DOW-UAP-D74, Mission Report, Syria, November 2023
Agency: Department of War
Incident date: 11/9/23
Incident location: Syria
Page 2
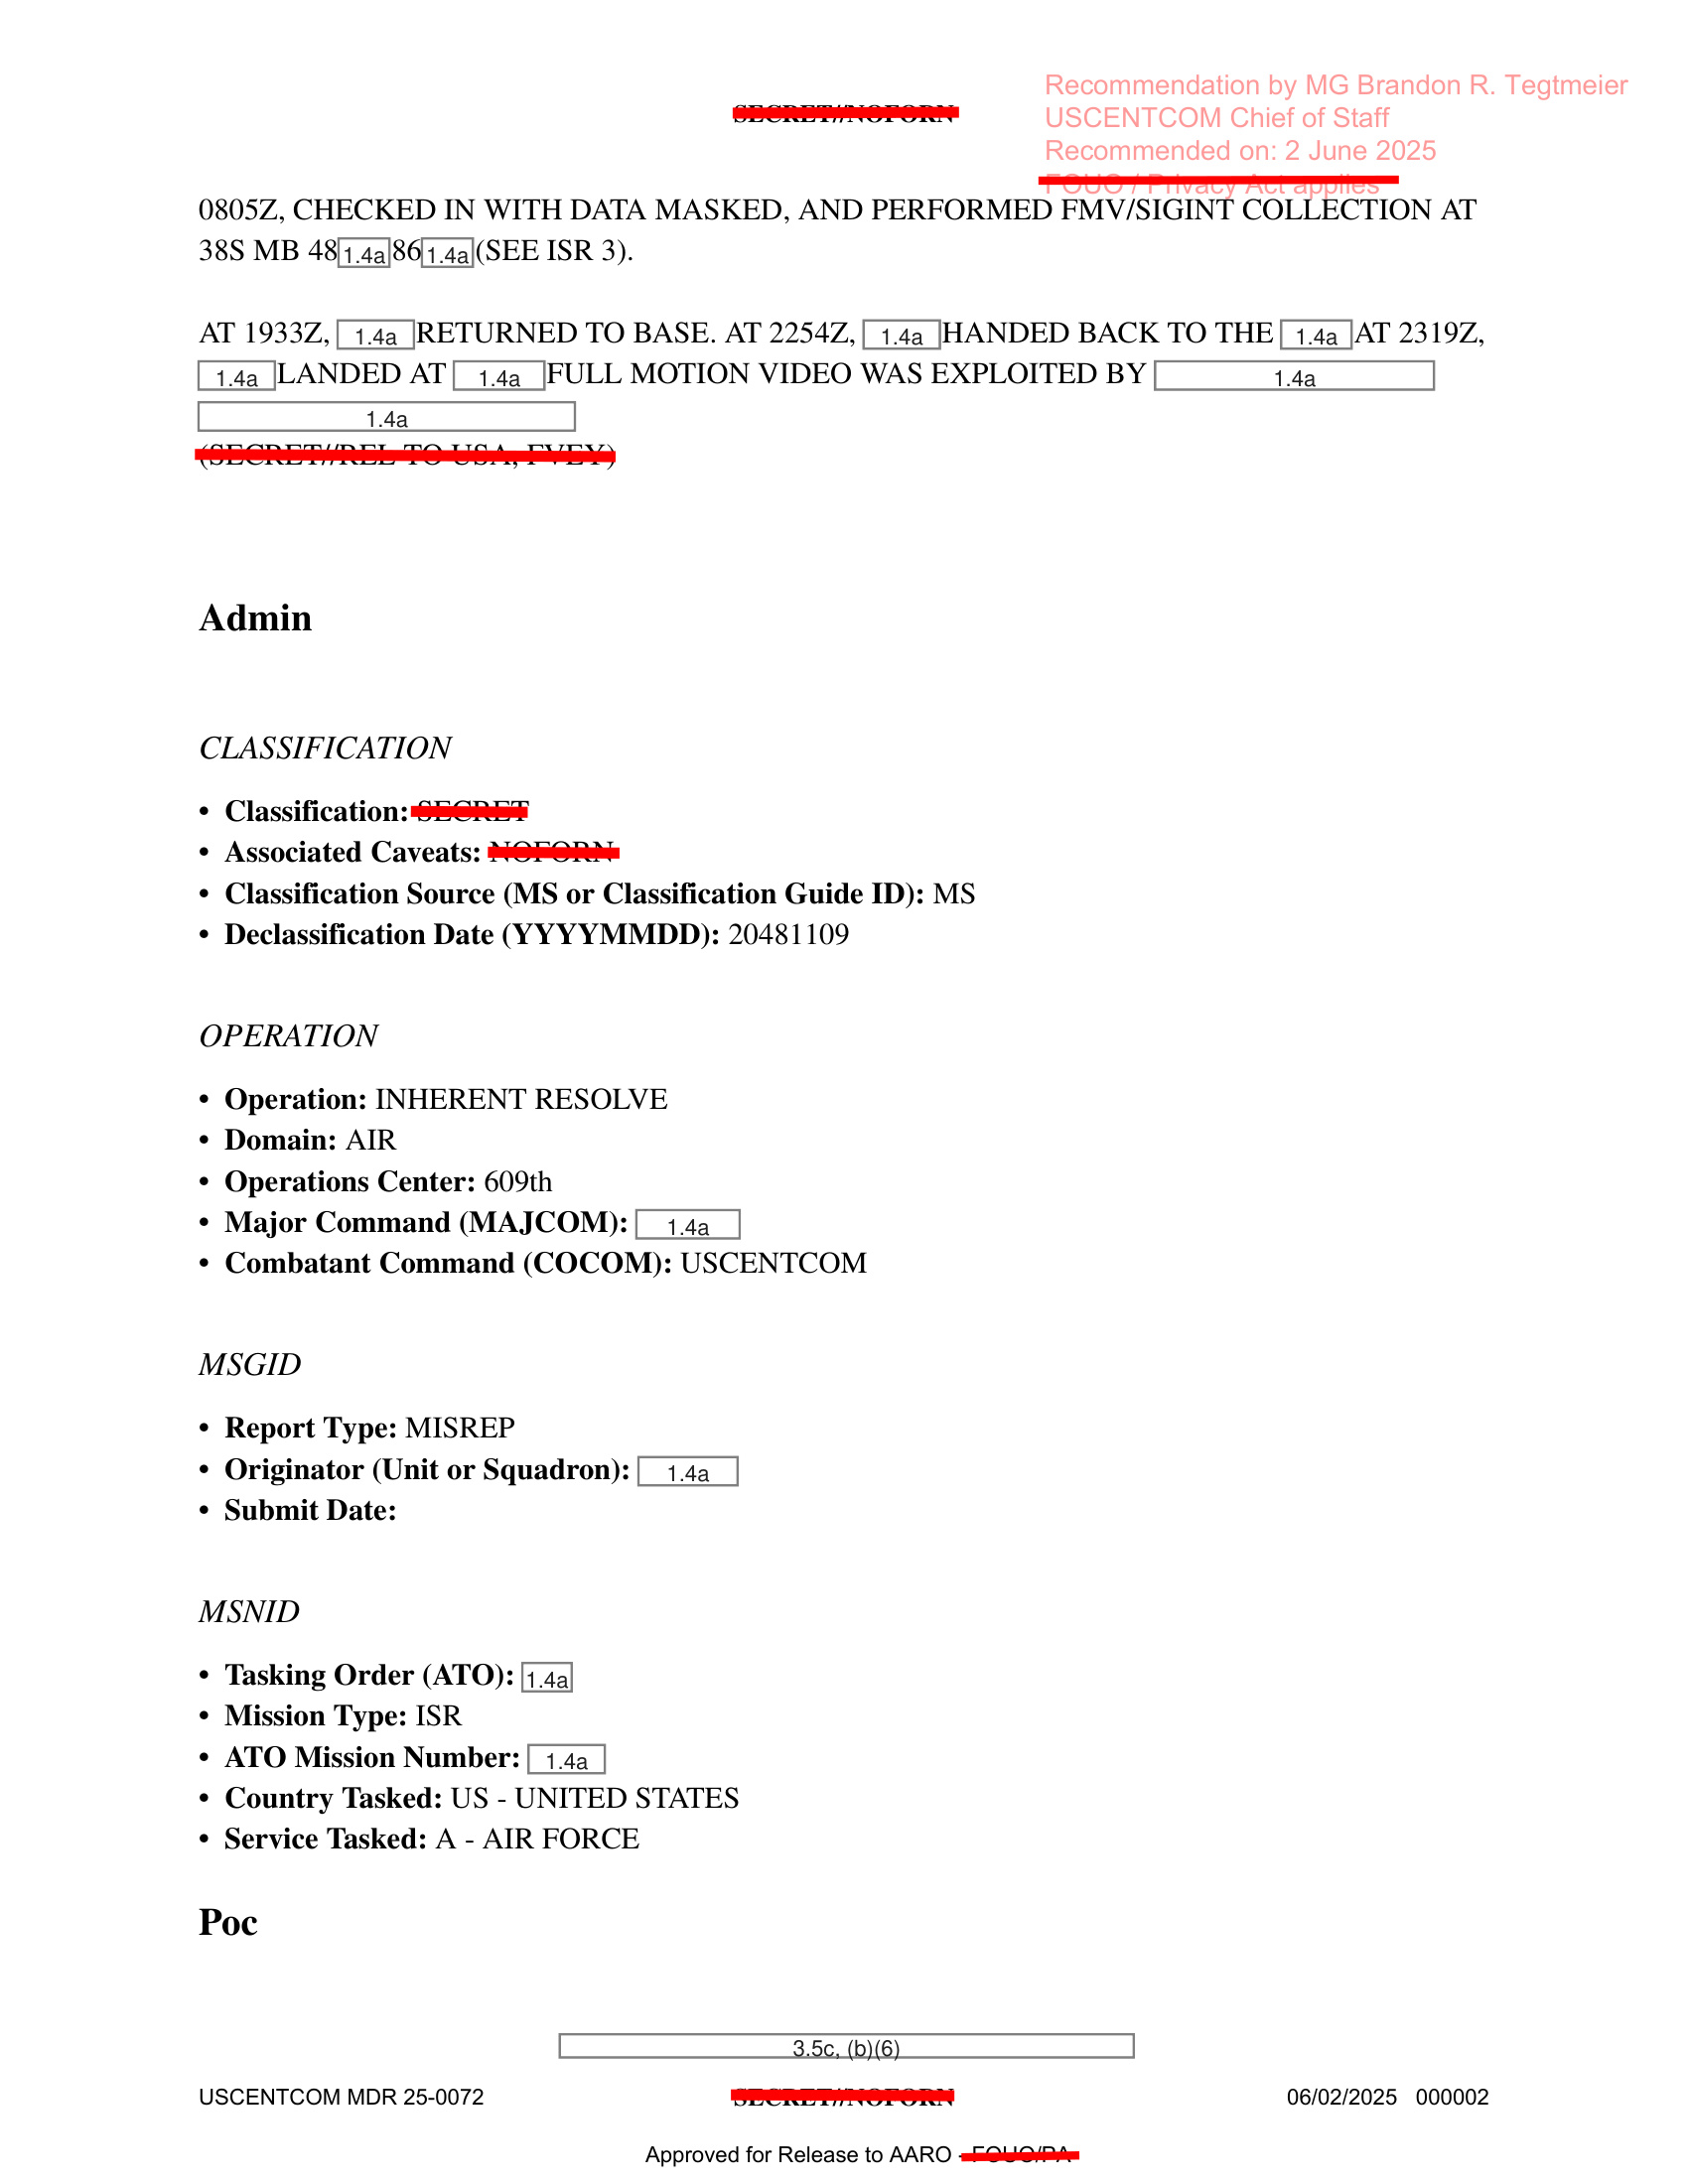